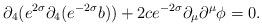
LaTeX: \begin{align*}\partial_4 ( e^{2\sigma}\partial_4 (e^{-2\sigma}b))+2 c e^{-2\sigma} \partial_\mu \partial^\mu \phi =0.\end{align*}